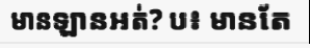
មានឡានអត់? ប៖ មានតែ